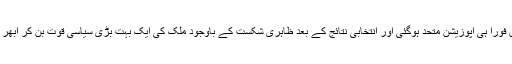
لیکن فوراً ہی اپوزیشن متحد ہوگئی اور انتخابی نتائج کے بعد ظاہری شکست کے باوجود ملک کی ایک بہت بڑی سیاسی قوت بن کر ابھر آئی۔